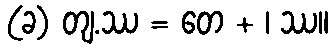
(ခ) တျ.ဿ = တေ + ၊ ဿ။